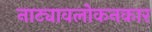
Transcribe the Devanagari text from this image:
नाट्यावलोकनकार